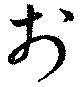
於